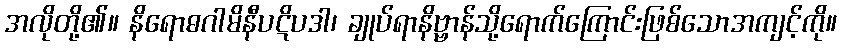
အလိုတို့၏။ နိရောဓဂါမိနီပဋိပဒါ၊ ချုပ်ရာနိဗ္ဗာန်သို့ရောက်ကြောင်းဖြစ်သောအကျင့်ကို။